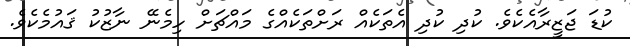
ކުޑަ ޖަޒީރާއެކެވެ. ކުދި ކުދި އެތަކެއް ރަށްތަކެއްގެ މައްޗަށް ހިމެނޭ ނާޒުކު ޤައުމެކެވެ.